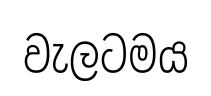
වැලටමය